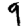
Digit: 9